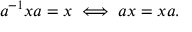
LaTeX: a ^ { - 1 } x a = x \iff a x = x a .